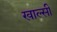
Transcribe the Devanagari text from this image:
खाल्सी